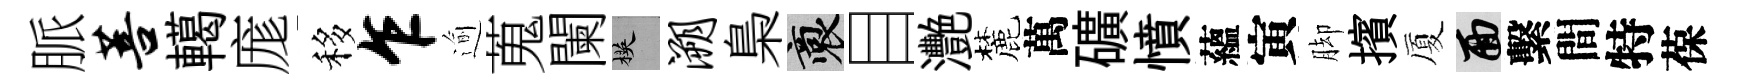
脈菩轕庬移乍逾蒐闌楧溯梟裔目灧麓萬礦憤蘊寅脚擯厦面繫間特葆